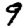
Digit: 9